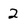
Character: 2